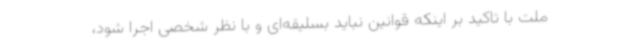
ملت با تاکید بر اینکه قوانین نباید بسلیقه‌ای و با نظر شخصی اجرا شود،